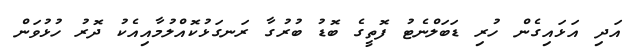
އަދި އަޅައިގެން ހުރި ޑަބަލްނެޓު ފޮތީގެ ބޮޑު ބުރުގާ ރަނގަޅުކޮއްލުމާއިއެކު ދޮރު ހުޅުވަން